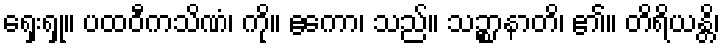
ရှေးရှု။ ပထဝီကသိဏံ၊ ကို။ ဧကော၊ သည်။ သဉ္စာနာတိ၊ ၏။ တိရိယန္တိ၊